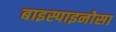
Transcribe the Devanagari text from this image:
बाइस्पाइनोसा